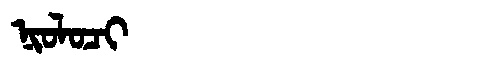
Manchu: ᠨᡳᠣᠯᠣᠴᡳ
Romanization: NIOLOCI